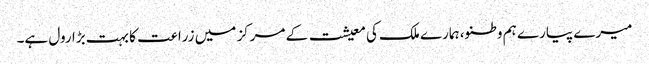
میرے پیارے ہم وطنو، ہمارے ملک کی معیشت کے مرکز میں زراعت کا بہت بڑا رول ہے۔